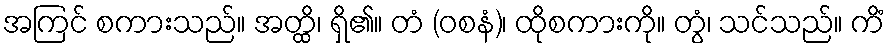
အကြင် စကားသည်။ အတ္ထိ၊ ရှိ၏။ တံ (ဝစနံ)၊ ထိုစကားကို။ တွံ၊ သင်သည်။ ကိံ